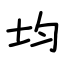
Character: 均